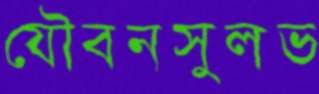
যৌবনসুলভ